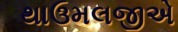
થાઉમલજીએ